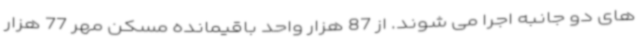
های دو جانبه اجرا می شوند. از 87 هزار واحد باقیمانده مسکن مهر 77 هزار